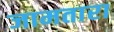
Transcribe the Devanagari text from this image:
जामतारा